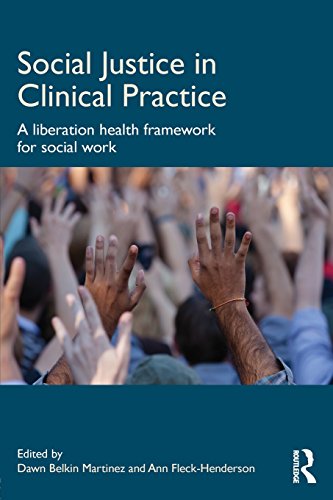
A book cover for Social Justice in Clinical Practice: A Liberation Health Framework for Social Work; Medical Books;